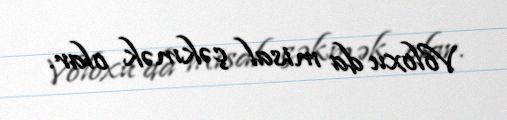
Voloxu da misal çəkmək olar.